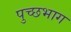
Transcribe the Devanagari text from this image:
पुच्छभाग